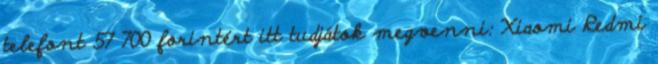
telefont 57 700 forintért itt tudjátok megvenni: Xiaomi Redmi